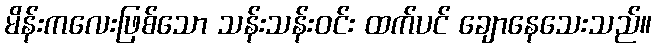
မိန်းကလေးဖြစ်သော သန်းသန်းဝင်း ထက်ပင် ချောနေသေးသည်။